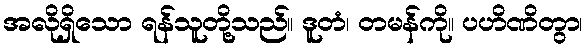
အလိုရှိသော ရန်သူတို့သည်။ ဒူတံ၊ တမန်ကို။ ပဟိဏိတွာ၊